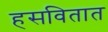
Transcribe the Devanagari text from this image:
हसवितात